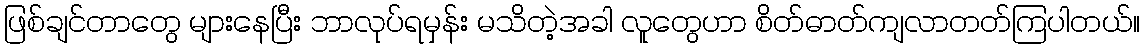
ဖြစ်ချင်တာတွေ များနေပြီး ဘာလုပ်ရမှန်း မသိတဲ့အခါ လူတွေဟာ စိတ်ဓာတ်ကျလာတတ်ကြပါတယ်။